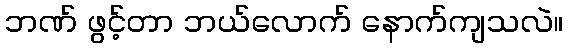
ဘဏ် ဖွင့်တာ ဘယ်လောက် နောက်ကျသလဲ။